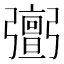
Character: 𢐹